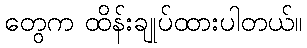
တွေက ထိန်းချုပ်ထားပါတယ်။